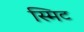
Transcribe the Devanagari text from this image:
स्मिट